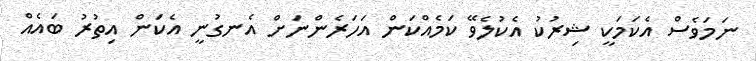
ނަމަވެސް އެކަމަކީ ޝިރުކު އެކުލެވޭ ކަމެއްކަން އަހަރެންނަށް އެނގުނީ އެކަން އިތުރު ބައެއް